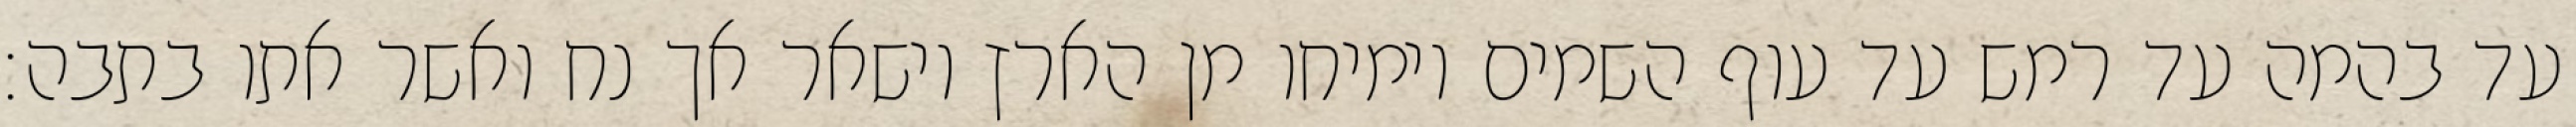
עד בהמה עד רמש עד עוף השמים וימיחו מן הארץ וישאר אך נח ואשר אתו בתבה׃